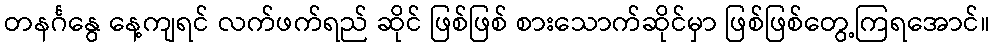
တနင်္ဂနွေ နေ့ကျရင် လက်ဖက်ရည် ဆိုင် ဖြစ်ဖြစ် စားသောက်ဆိုင်မှာ ဖြစ်ဖြစ်တွေ့ကြရအောင်။